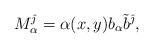
LaTeX: \begin{align*} M_{\alpha}^{ {\hat \jmath}} = \alpha(x,y) b_\alpha \tilde{b}^{{\hat \jmath}},\end{align*}